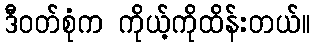
ဒီဝတ်စုံက ကိုယ့်ကိုထိန်းတယ်။